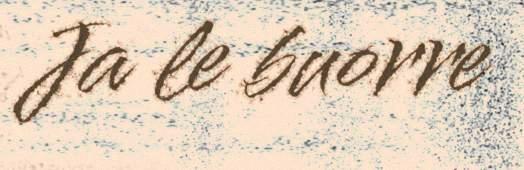
Ja le buorre